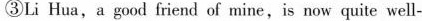
③Li Hua,a good friend of mine,is now quite well-